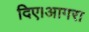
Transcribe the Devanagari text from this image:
दिए।आगरा